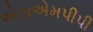
એસએમપીપી